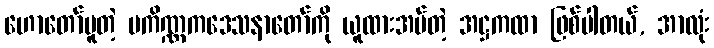
ဟောတော်မူတဲ့ ပကိဏ္ဏကဒေသနာတော်ကို ယူထားအပ်တဲ့ အဋ္ဌကထာ ဖြစ်ပါတယ်, အာလုံး